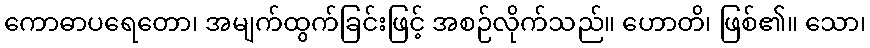
ကောဓာပရေတော၊ အမျက်ထွက်ခြင်းဖြင့် အစဉ်လိုက်သည်။ ဟောတိ၊ ဖြစ်၏။ သော၊